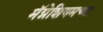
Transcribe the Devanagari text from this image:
मॅग्नेशियमच्या